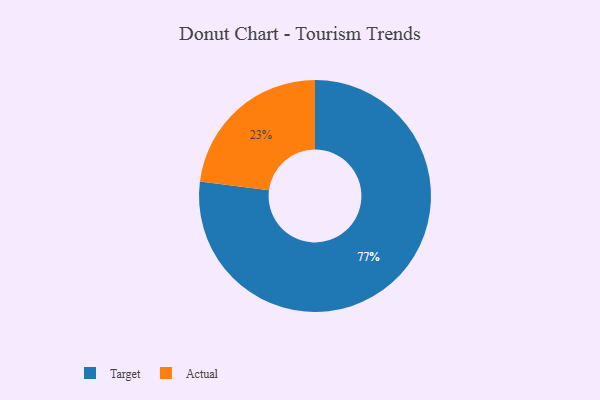
{"axis": {"x": "Category", "y": "Percentage"}, "legend": ["Actual", "Target"], "data": [{"x": "Target", "y": 77, "type": "Target"}, {"x": "Actual", "y": 23, "type": "Actual"}]}